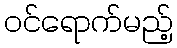
ဝင်ရောက်မည့်